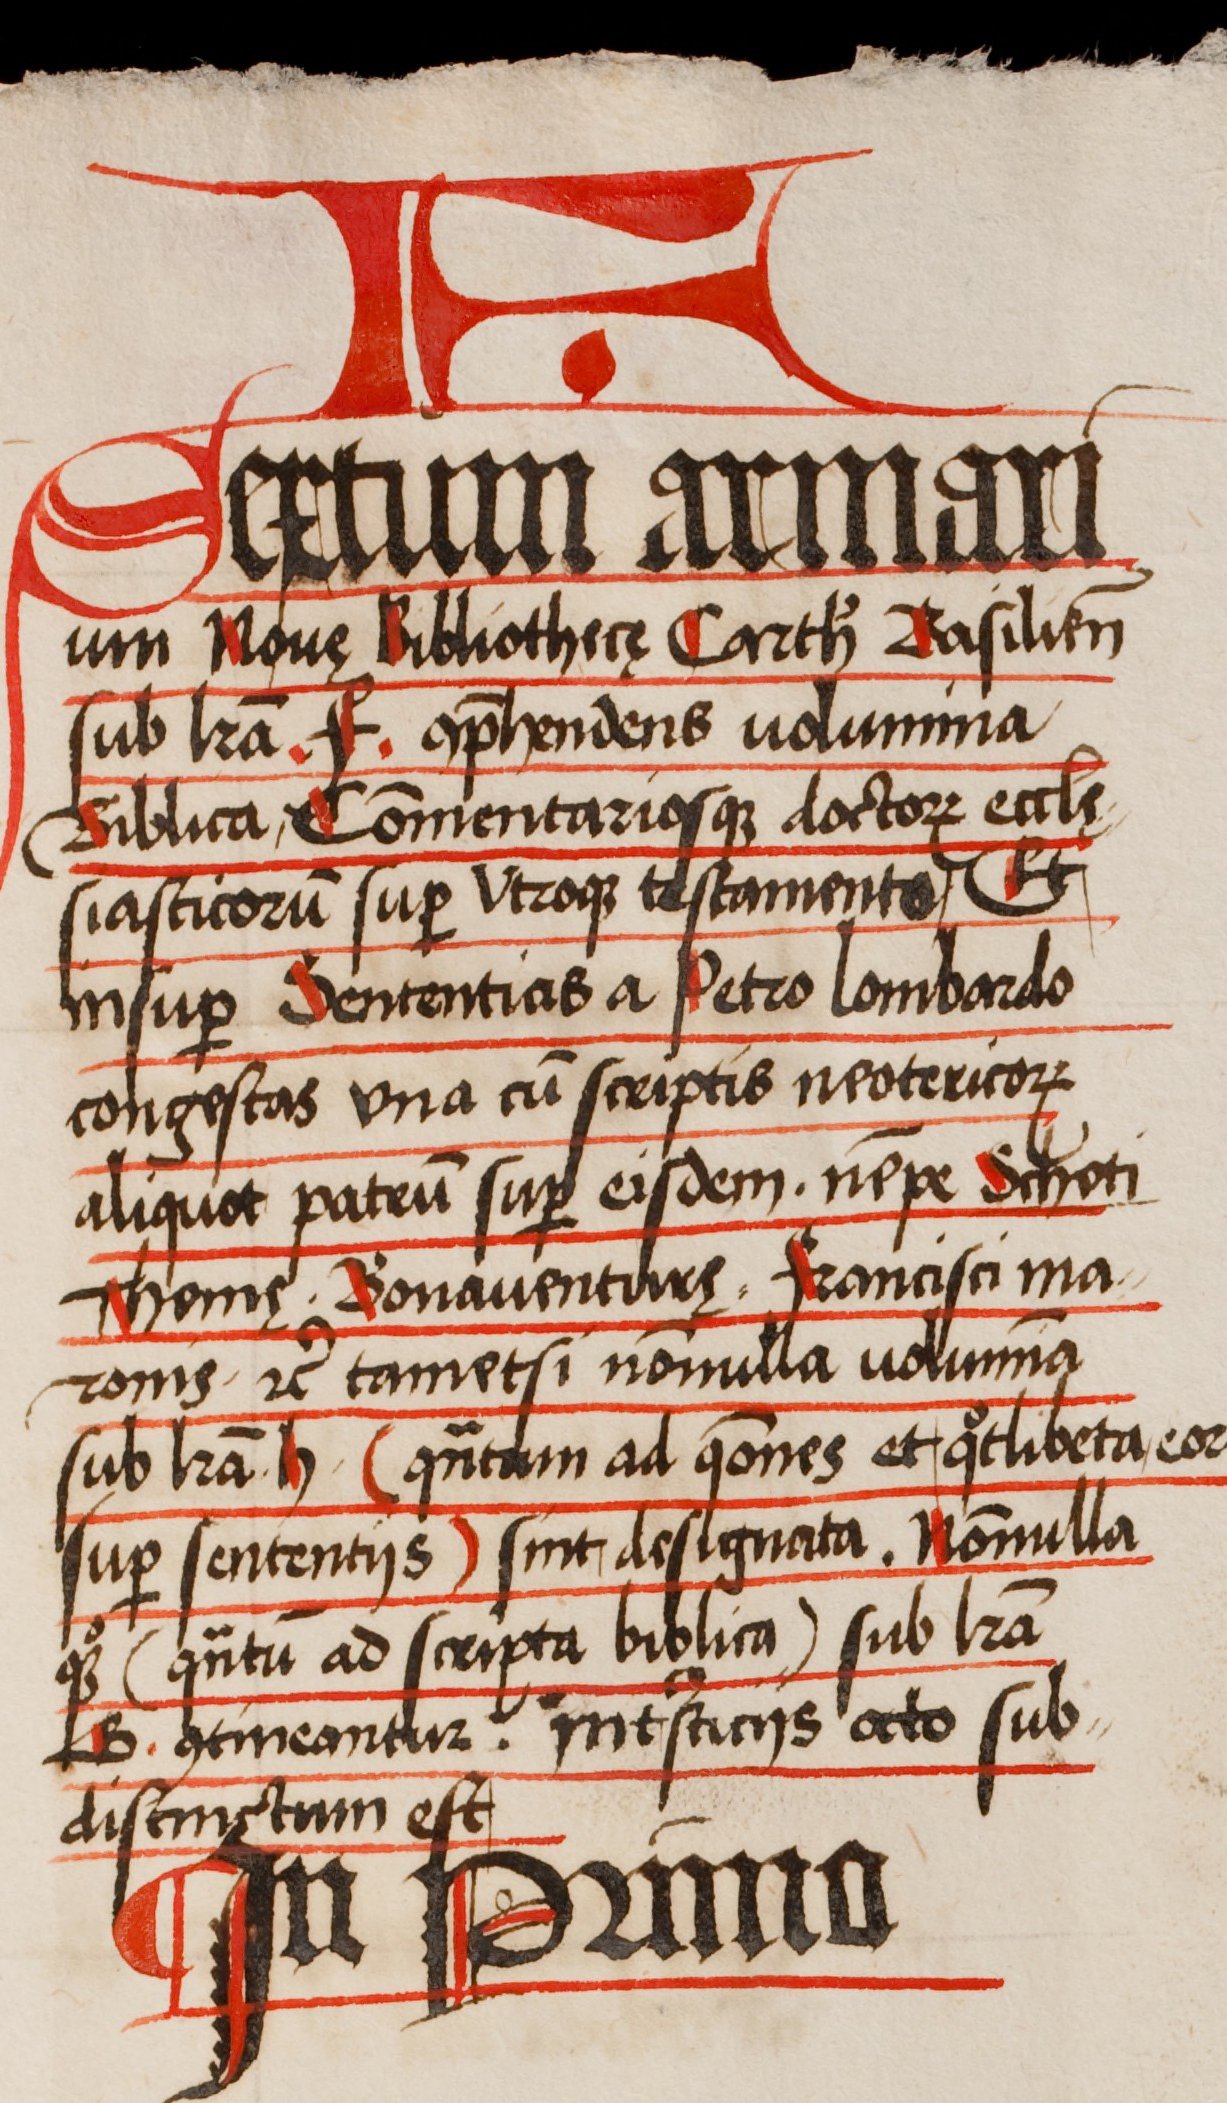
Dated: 1505–1535